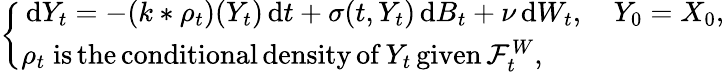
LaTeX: \begin{array}{r}{\left\{ \begin{array}{ll}{\, \mathrm{d}Y_{t}=-(k*\rho_{t})(Y_{t})\, \mathrm{d}t+\sigma(t,Y_{t})\, \mathrm{d}B_{t}+\nu\, \mathrm{d}W_{t},\quad Y_{0}=X_{0},}\\ {\rho_{t}\; \mathrm{is\, the\, conditional\, density\, of}\, Y_{t}\, \mathrm{given}\, \mathcal{F}_{t}^{W},}\end{array}\right.}\end{array}